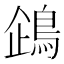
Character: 𬷏